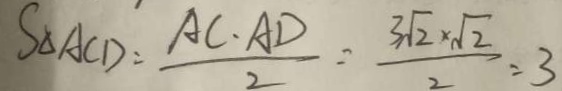
S _ { \Delta A C D } = \frac { A C \cdot A D } { 2 } = \frac { 3 \sqrt { 2 } \times \sqrt { 2 } } { 2 } = 3